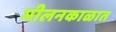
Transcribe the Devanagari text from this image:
मीलनकाळात